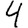
Digit: 4